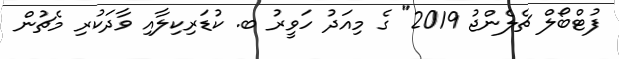
ފުޓްބޯލް ޗެލެންޖު 2019" ގެ މިއަދު ހަވީރު ބ. ކުޑަރިކިލާއި ވާދަކުރި މެޗުން